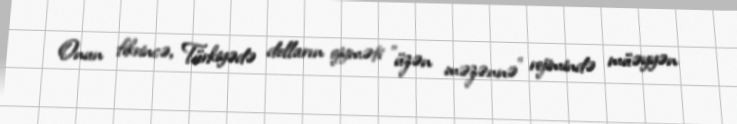
Onun fikrincə, Türkiyədə dolların qiyməti "üzən məzənnə" rejimində müəyyən